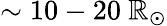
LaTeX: \sim10-20~\mathbb{R}_{\odot}